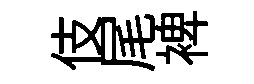
伎尾裨